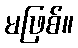
မဖြစ်။